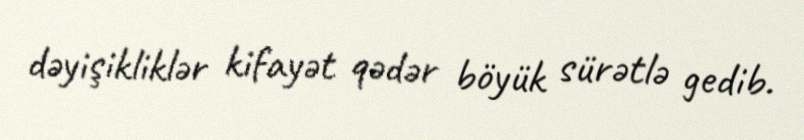
dəyişikliklər kifayət qədər böyük sürətlə gedib.